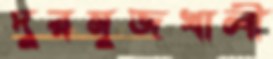
দুরমুজখালী